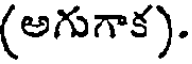
(అగుగాక).